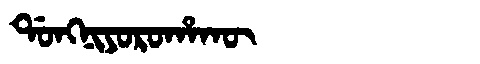
Manchu: ᡩᠣᠩᠨᡳᠶᠣᡵᠣᡥᠠᡴᡡ
Romanization: DONGNIYOROHAKŪ